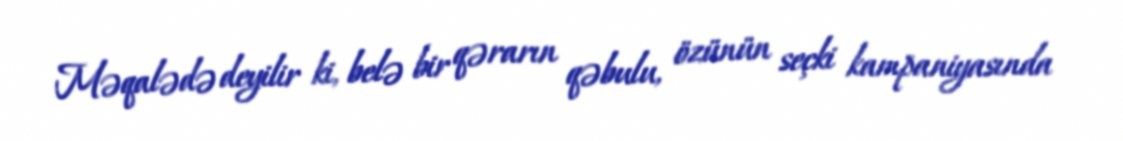
Məqalədə deyilir ki, belə bir qərarın qəbulu, özünün seçki kampaniyasında